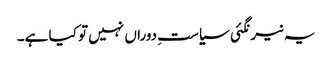
یہ نیرنگئی سیاستِ دوراں نہیں تو کیا ہے۔